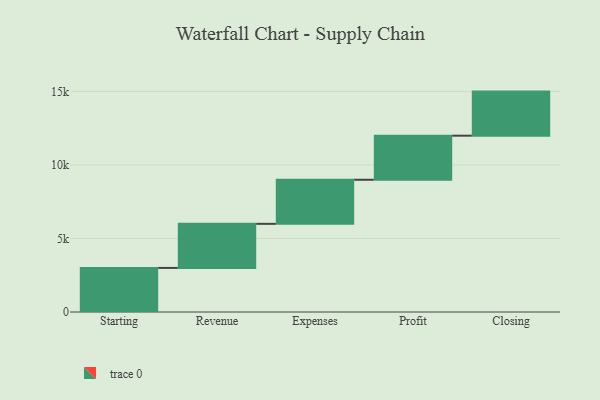
{"axis": {"x": "Step", "y": "Value"}, "legend": [""], "data": [{"x": "Starting", "y": 3000, "type": ""}, {"x": "Revenue", "y": 3000, "type": ""}, {"x": "Expenses", "y": 3000, "type": ""}, {"x": "Profit", "y": 3000, "type": ""}, {"x": "Closing", "y": 3000, "type": ""}]}